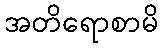
အတိရောစာမိ